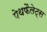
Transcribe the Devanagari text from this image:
पेथफैलेट्स